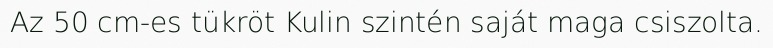
Az 50 cm-es tükröt Kulin szintén saját maga csiszolta.